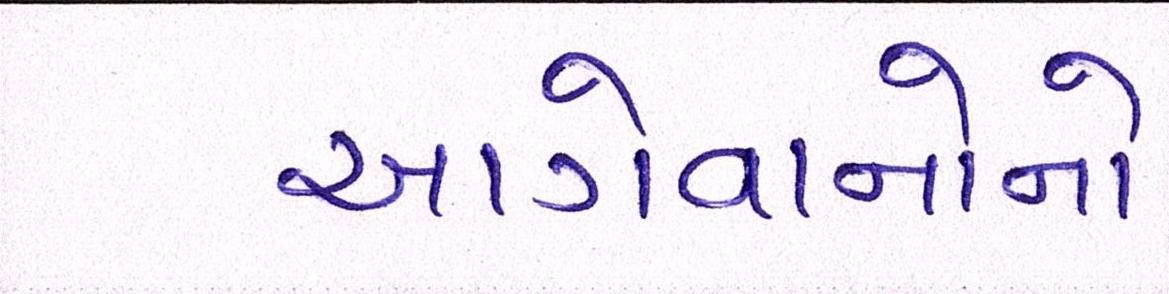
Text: આગેવાનોનો